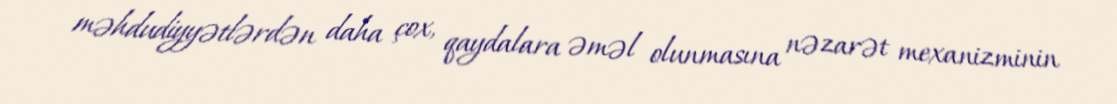
məhdudiyyətlərdən daha çox, qaydalara əməl olunmasına nəzarət mexanizminin